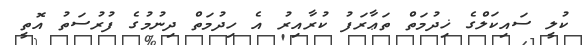
ކުލީ ސައިކަލްގެ ޚިދުމަތް ތަޢާރަފު ކުރާއިރު އެ ހިދުމަތް ދިނުމުގެ ފުރުސަތު އޮތީ